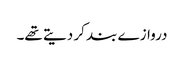
دروازے بند کر دیتے تھے۔